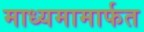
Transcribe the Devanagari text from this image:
माध्यमामार्फत